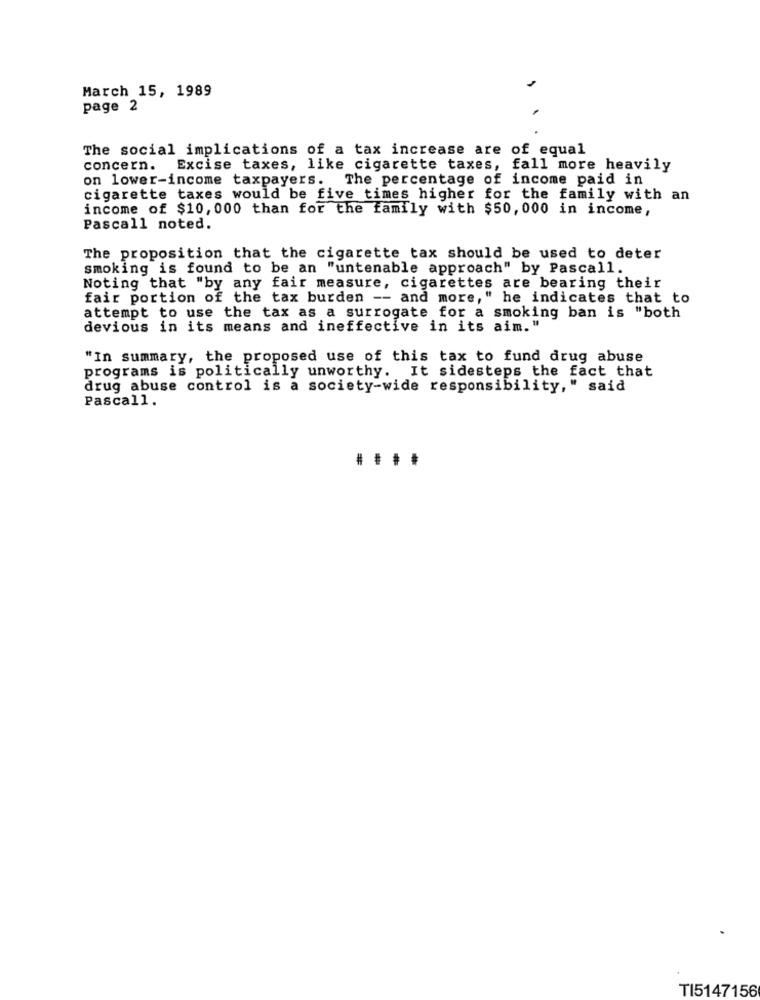
March 15, 1989
page 2
The social implications of a tax increase are of equal
concern. Excise taxes, like cigarette taxes, fall more heavily
on lower-income taxpayers. The percentage of income paid in
cigarette taxes would be five times higher for the family with an
income of $10, 000 than for the family with $50, 000 in income,
Pascall noted.
The proposition that the cigarette tax should be used to deter
smoking is found to be an "untenable approach" by Pascall.
Noting that "by any fair measure, cigarettes are bearing their
fair portion of the tax burden -- and more," he indicates that to
attempt to use the tax as a surrogate for a smoking ban is "both
devious in its means and ineffective in its aim. "
"In summary, the proposed use of this tax to fund drug abuse
programs is politically unworthy. It sidesteps the fact that
drug abuse control is a society-wide responsibility," said
Pascall.
TI5147156